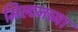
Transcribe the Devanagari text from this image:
मिल्टनच्या